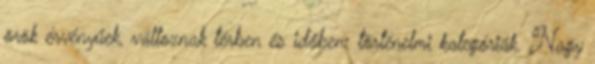
örök érvényűek, változnak térben és időben: történelmi kategóriák. Nagy